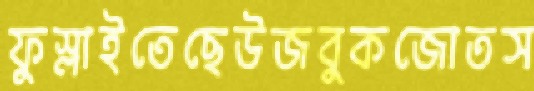
ফুস্‌লাইতেছেউজবুকজোতস